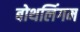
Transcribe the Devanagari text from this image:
बोथलिंगम